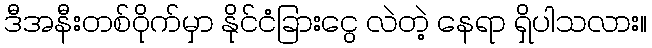
ဒီအနီးတစ်ဝိုက်မှာ နိုင်ငံခြားငွေ လဲတဲ့ နေရာ ရှိပါသလား။